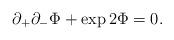
LaTeX: \begin{align*}\partial_+ \partial_- \Phi + \exp{2\Phi} = 0.\end{align*}